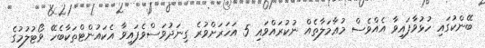
ބޭންކުގައި ހުޅުވާފައިވާ އެއްވެސް މުޢާމަލާތެއް ނުކުރައްވައި 5 އަހަރަށްވުރެ ގިނަދުވަސްވެފައިވާ އެކައުންޓްތަކާބެހޭ ވޯޓުލުމުގެ